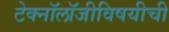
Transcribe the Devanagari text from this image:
टेक्नॉलॉजीविषयीची